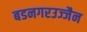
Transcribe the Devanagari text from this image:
बडनगरउज्जैन